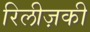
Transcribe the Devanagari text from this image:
रिलीज़की